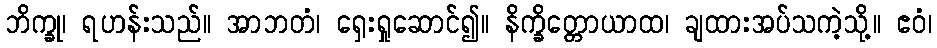
ဘိက္ခု၊ ရဟန်းသည်။ အာဘတံ၊ ရှေးရှုဆောင်၍။ နိက္ခိတ္တောယာထ၊ ချထားအပ်သကဲ့သို့။ ဧဝံ၊